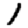
Digit: 1